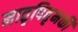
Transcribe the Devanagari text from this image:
मातृपितृभक्ती